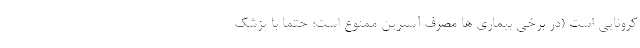
کرونایی است (در برخی بیماری ها مصرف آسپرین ممنوع است؛ حتما با پزشک